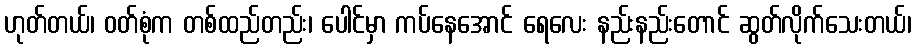
ဟုတ်တယ်၊ ဝတ်စုံက တစ်ထည်တည်း၊ ပေါင်မှာ ကပ်နေအောင် ရေလေး နည်းနည်းတောင် ဆွတ်လိုက်သေးတယ်၊